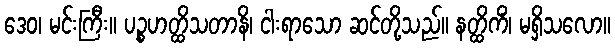
ဒေဝ၊ မင်းကြီး။ ပဉ္စဟတ္ထိသတာနိ၊ ငါးရာသော ဆင်တို့သည်။ နတ္ထိကိံ၊ မရှိသလော။